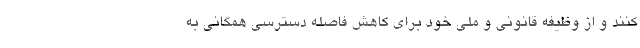
کنند و از وظیفه قانونی و ملی خود برای کاهش فاصله دسترسی همگانی به